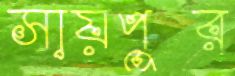
সায়পুর